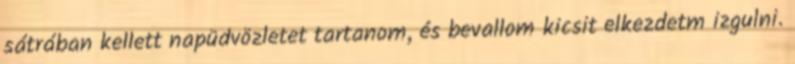
sátrában kellett napüdvözletet tartanom, és bevallom kicsit elkezdetm izgulni.